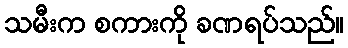
သမီးက စကားကို ခဏရပ်သည်။